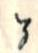
y